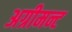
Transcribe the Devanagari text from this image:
अग्रीमन्ट